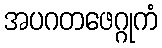
အပဂတဖေဂ္ဂုကံ